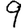
Digit: 9